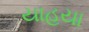
યાહયા